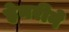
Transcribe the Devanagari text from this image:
हेनरीने